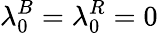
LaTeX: \lambda_{0}^{B}=\lambda_{0}^{R}=0